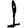
Digit: 1